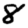
Digit: 8